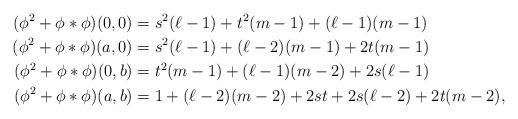
LaTeX: \begin{align*} (\phi^2+\phi*\phi)(0,0)&=s^2(\ell-1)+t^2(m-1)+(\ell-1)(m-1)\\ (\phi^2+\phi*\phi)(a,0)&=s^2(\ell-1)+(\ell-2)(m-1)+2t(m-1) \\ (\phi^2+\phi*\phi)(0,b)&=t^2(m-1)+(\ell-1)(m-2)+2s(\ell-1)\\ (\phi^2+\phi*\phi)(a,b)&=1+(\ell-2)(m-2)+2st+2s(\ell-2)+2t(m-2), \end{align*}